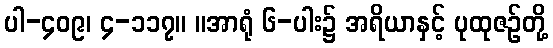
ပါ-၄၀၉၊ ၄-၁၁၇။ ။အာရုံ ၆-ပါး၌ အရိယာနှင့် ပုထုဇဉ်တို့